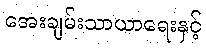
အေးချမ်းသာယာရေးနှင့်